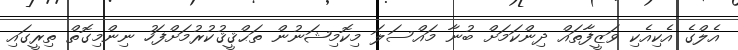
އެލްގެ އެކިއެކި ވަޒީފާތައް ދިންކަމަށް ބުނާ މައްސަލަ މިކޮމިޝަނުން ތަޙްޤީޤުކުރުމަށްފަހު ނިންމިގޮތް ތިރީގައި